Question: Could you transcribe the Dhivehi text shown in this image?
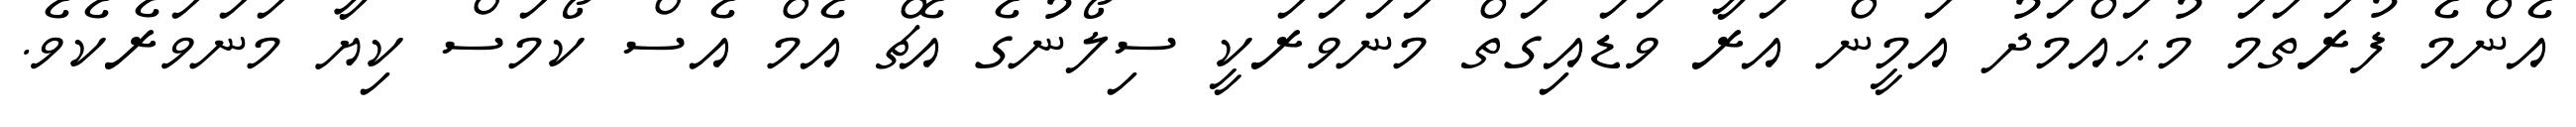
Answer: އެންމެ ފުރަތަމަ މުޙައްމަދު އަމީން އަރާ ވަޑައިގަތް މަނަވަރަކީ ސިލޯނުގެ އެޗް އެމް އެސް ކޯމަސް ކިޔާ މަނަވަރެކެވެ.